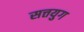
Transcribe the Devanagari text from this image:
सत्तयुग